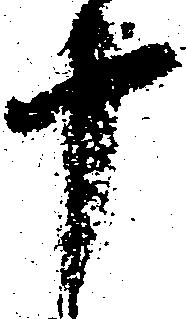
十